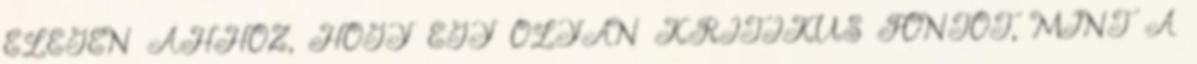
ELEGEN AHHOZ, HOGY EGY OLYAN KRITIKUS PONTOT, MINT A